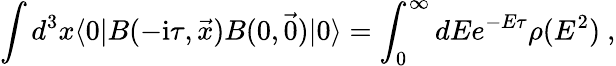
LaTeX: \int d^{3}x\langle 0|B(-\mathrm{i}\tau,\vec{x})B(0,\vec{0})|0\rangle=\int_{0}^{\infty}dEe^{-E\tau}\rho(E^{2})\ ,